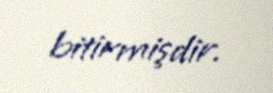
bitirmişdir.